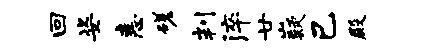
回姿恚磋判淬廿嶷己殿